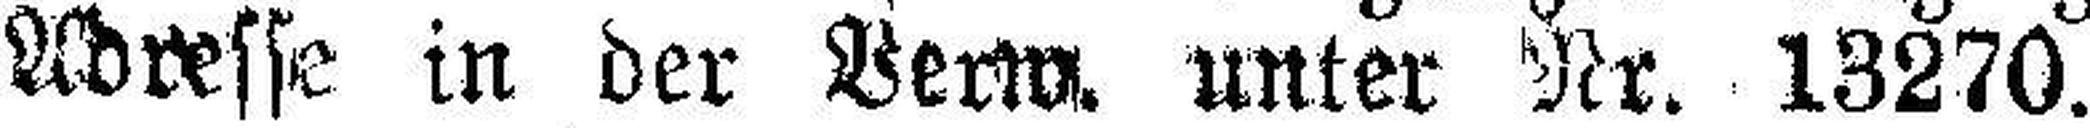
Adresse in der Verw. unter Nr. 13270.